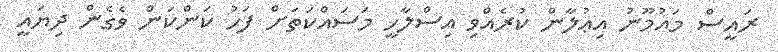
ރައީސް މައުމޫނު އިޢުލާން ކުރެއްވި އިސްލާހީ މަސައްކަތަށް ފަހު ކަންކަން ވެގެން ދިޔައީ